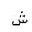
Letter: _shin